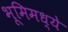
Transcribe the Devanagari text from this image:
भूमिमध्ये